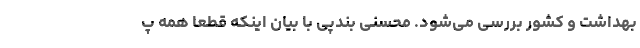
بهداشت و کشور بررسی می‌شود. محسنی بندپی با بیان اینکه قطعاً همه پ